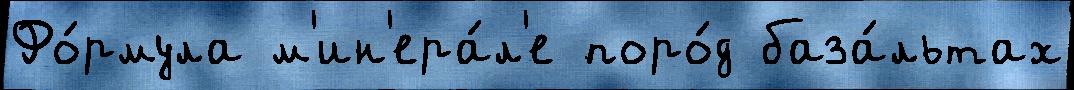
Фо́рмула м'ин'ера́л'е поро́д база́льтах